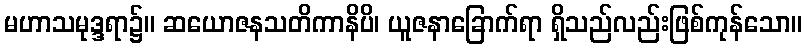
မဟာသမုဒ္ဒရာ၌။ ဆယောဇနသတိကာနိပိ၊ ယူဇနာခြောက်ရာ ရှိသည်လည်းဖြစ်ကုန်သော။